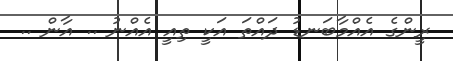
ރީންގެ އެއްމާބަނޑު ދައްތަ އަކީ ތިއީ އެއްނު .. އާން ..